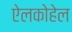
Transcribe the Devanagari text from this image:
ऐलकोहेल